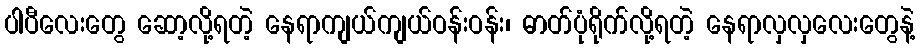
ပါပီလေးတွေ ဆော့လို့ရတဲ့ နေရာကျယ်ကျယ်ဝန်းဝန်း၊ ဓာတ်ပုံရိုက်လို့ရတဲ့ နေရာလှလှလေးတွေနဲ့